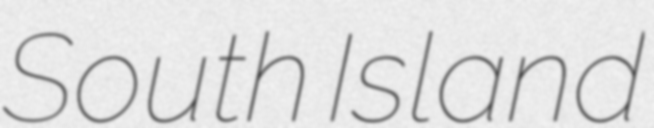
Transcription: South Island